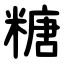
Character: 糖